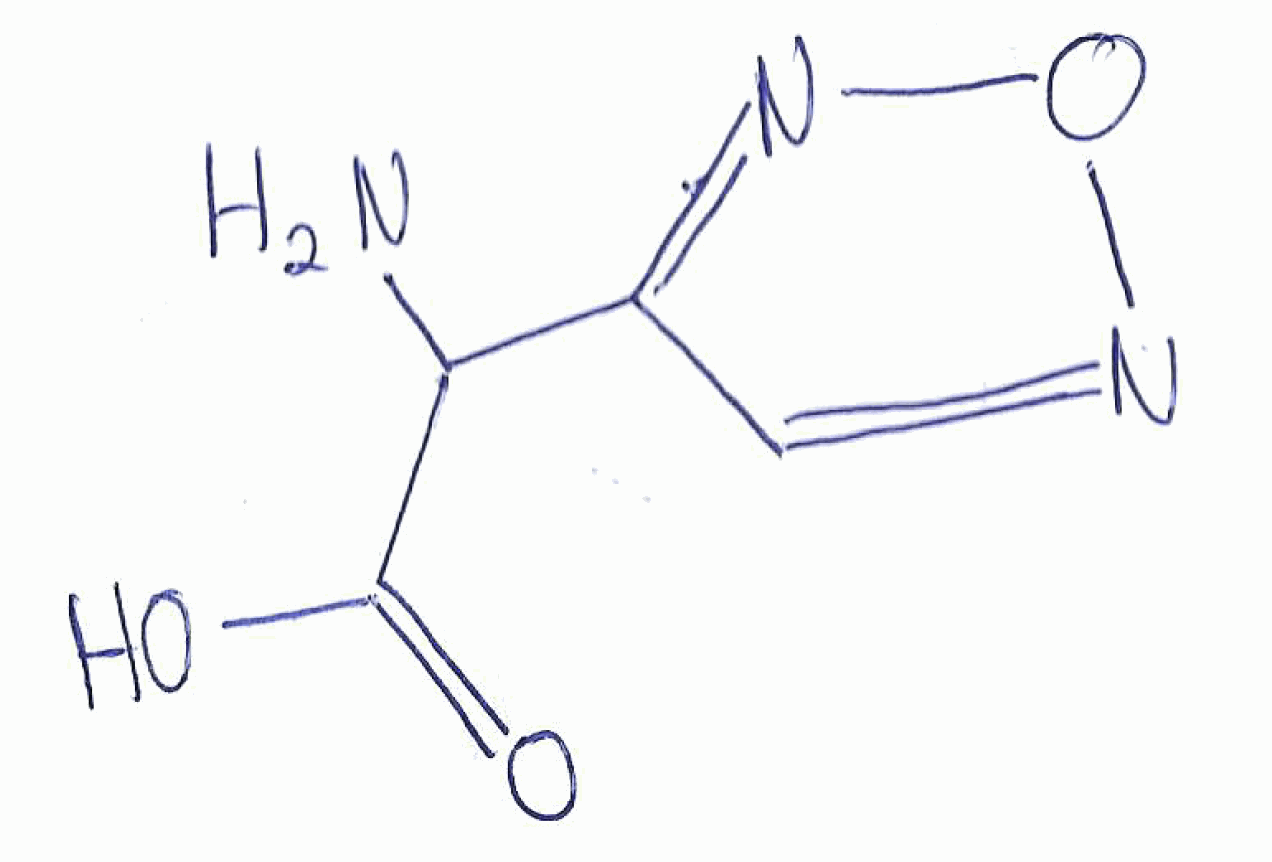
Simplified molecular-input line-entry system (SMILES) notation of the given molecule:
C1=NON=C1C(C(=O)O)N